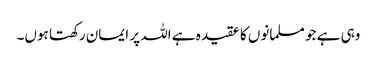
وہی ہے جو مسلمانوں کا عقیدہ ہے اللہ پر ایمان رکھتا ہوں۔